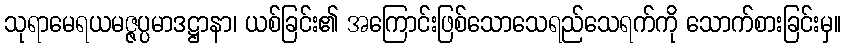
သုရာမေရယမဇ္ဇပ္ပမာဒဋ္ဌာနာ၊ ယစ်ခြင်း၏ အကြောင်းဖြစ်သောသေရည်သေရက်ကို သောက်စားခြင်းမှ။